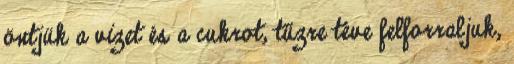
öntjük a vizet és a cukrot, tűzre téve felforraljuk,